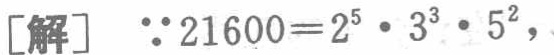
\[
[\text{解}] \quad \because 21600 = 2^{5} \cdot 3^{3} \cdot 5^{2},
\]